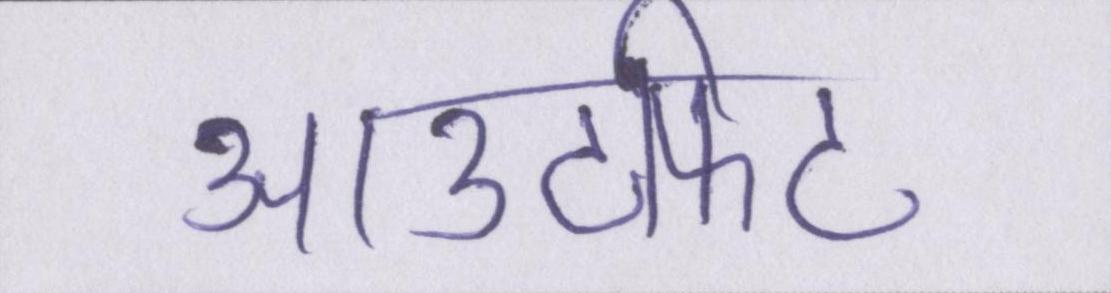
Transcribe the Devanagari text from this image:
आउटफिट